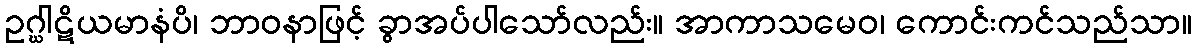
ဥဂ္ဃါဋိယမာနံပိ၊ ဘာဝနာဖြင့် ခွာအပ်ပါသော်လည်း။ အာကာသမေဝ၊ ကောင်းကင်သည်သာ။